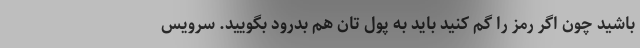
باشید چون اگر رمز را گم کنید باید به پول تان هم بدرود بگویید. سرویس